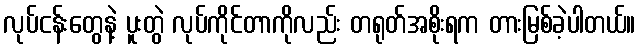
လုပ်ငန်းတွေနဲ့ ပူးတွဲ လုပ်ကိုင်တာကိုလည်း တရုတ်အစိုးရက တားမြစ်ခဲ့ပါတယ်။